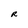
Character: R